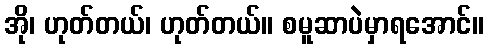
အို၊ ဟုတ်တယ်၊ ဟုတ်တယ်။ စမူဆာပဲမှာရအောင်။